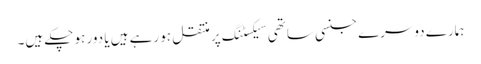
ہمارے دوسرے جنسی ساتھی سیکسٹنگ پر منتقل ہو رہے ہیں یا دور ہو چکے ہیں۔